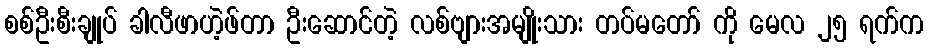
စစ်ဦးစီးချုပ် ခါလီဖာဟဲ့ဖ်တာ ဦးဆောင်တဲ့ လစ်ဗျားအမျိုးသား တပ်မတော် ကို မေလ ၂၅ ရက်က